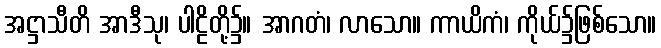
အဋ္ဌာသီတိ အာဒီသု၊ ပါဠိတို့၌။ အာဂတံ၊ လာသော။ ကာယိကံ၊ ကိုယ်၌ဖြစ်သော။